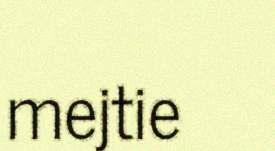
mejtie